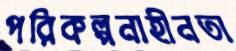
পরিকল্পনাহীনতা